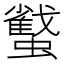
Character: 𧓷